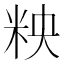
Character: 𮇌